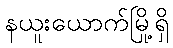
နယူးယောက်မြို့ရှိ